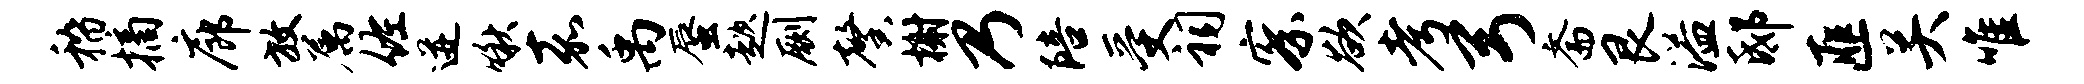
稽摘廊放属佐迸啾嘉禹蜃趑劂馨榭乃陪受祠察欲考弓斋艮溢邸匪关唯